kultuurilooline_kollektsioon, lk 42
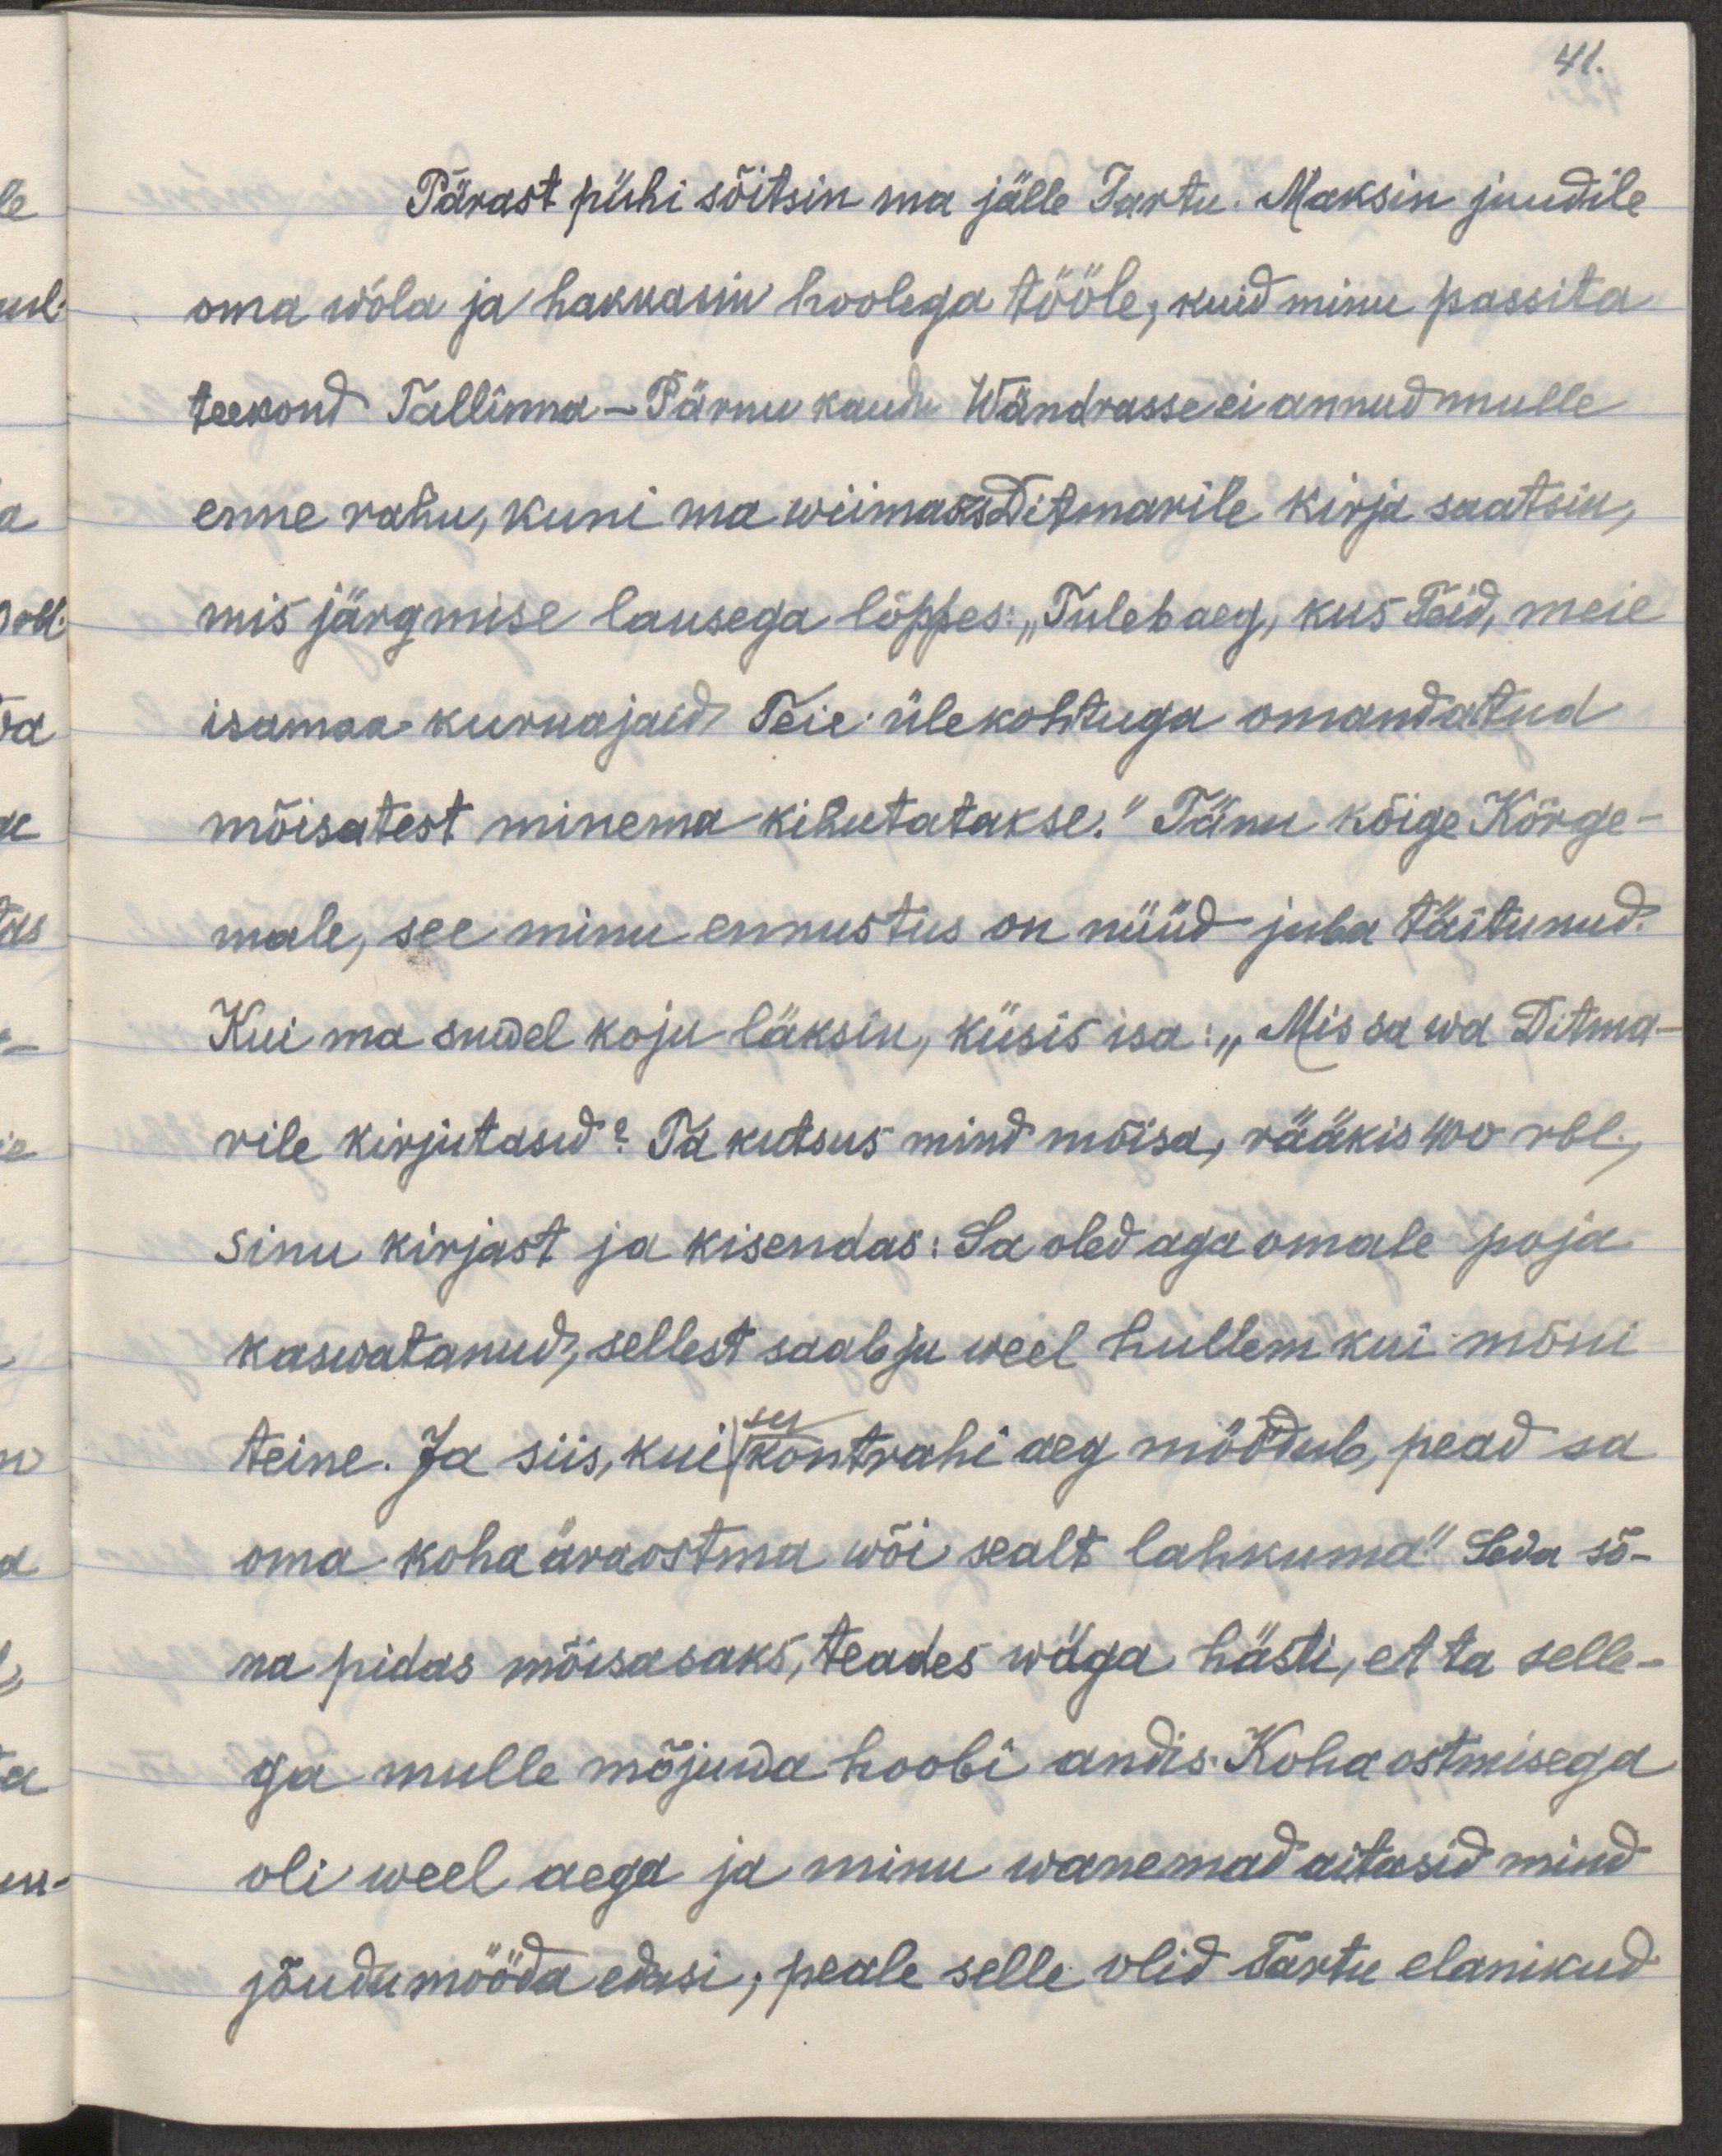
41.
Pärast pühi sõitsin ma jälle Tartu. Maksin juudile 
oma wõla ja hakkasin hoolega tööle, kuid minu passita
teekond Tallinna-Pärnu kaudu Wändrasse ei andnud mulle
enne rahu, kuni ma wiimaks Ditmarile kirja saatsin,
mis järgmise lausega lõppes: „Tuleb aeg, kus Teid, meie
isamaa kurnajaid Teie ülekohtuga omandatud 
mõisatest minema kihutatakse." Tänu kõige Kõrge-
male, see minu ennustus on nüüd juba täitunud. 
Kui ma suvel koju läksin, küsis isa: „Mis sa wa Ditma-
rile kirjutasid? Ta kutsus mind mõisa, rääkis 400 rbl,
sinu kirjast ja kisendas: Sa oled aga omale poja
kasvatanud; sellest saab ju weel hullem kui mõni
su
teine. Ja siis, kui kontrahi aeg möödub, pead sa
oma koha äraostma wõi sealt lahkuma." Seda sõ-
na pidas mõisasaks, teades wäga hästi, et ta selle-
ga mulle mõjuwa hoobi andis. Koha ostmisega
oli weel aega ja minu wanemad aitasid mind
jõudu mööda edasi, peale selle olid Tartu elanikud